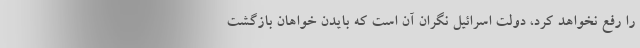
را رفع نخواهد کرد، دولت اسرائیل نگران آن است که بایدن خواهان بازگشت